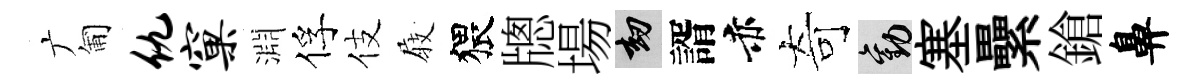
广匍仇窠淵俘伎𡲆猥牕場劫諝赤奇勸塞纍鎗鼻